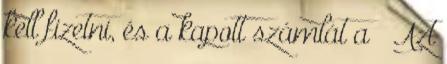
kell fizetni, és a kapott számlát a – Azt